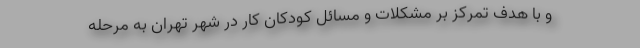
و با هدف تمرکز بر مشکلات و مسائل کودکان کار در شهر تهران به مرحله